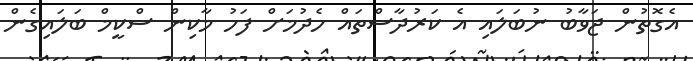
އެގޮތުން ޖަވާބު ނުބަލައި އެ ކަރުދާސްތައް ހެދުމަށް ފަހު މާކިން ސްކީމް ބަލައިގެން